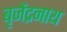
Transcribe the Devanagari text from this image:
बृजेंद्रनाथ